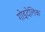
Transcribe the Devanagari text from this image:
गोइदेलिक